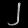
Digit: ၂